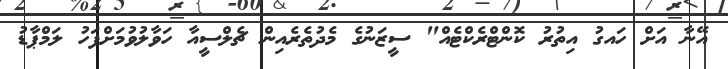
އޭނާ އަށް ހައގު އިތުރު ކޮންޓްރެކްޓެއް" ސީޒަނުގެ މެދުތެރެއިން ޗެލްސީއާ ހަވާލުވުމަށްފަހު ލަމްޕާޑު